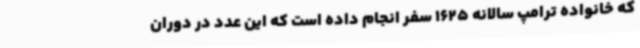
که خانواده ترامپ سالانه 1625 سفر انجام داده است که این عدد در دوران